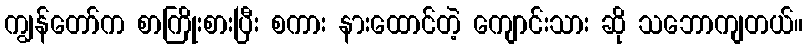
ကျွန်တော်က စာကြိုးစားပြီး စကား နားထောင်တဲ့ ကျောင်းသား ဆို သဘောကျတယ်။